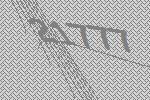
21777